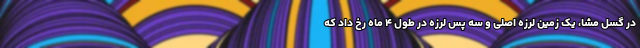
در گسل مشا، یک زمین لرزه اصلی و سه پس لرزه در طول ۴ ماه رخ داد که